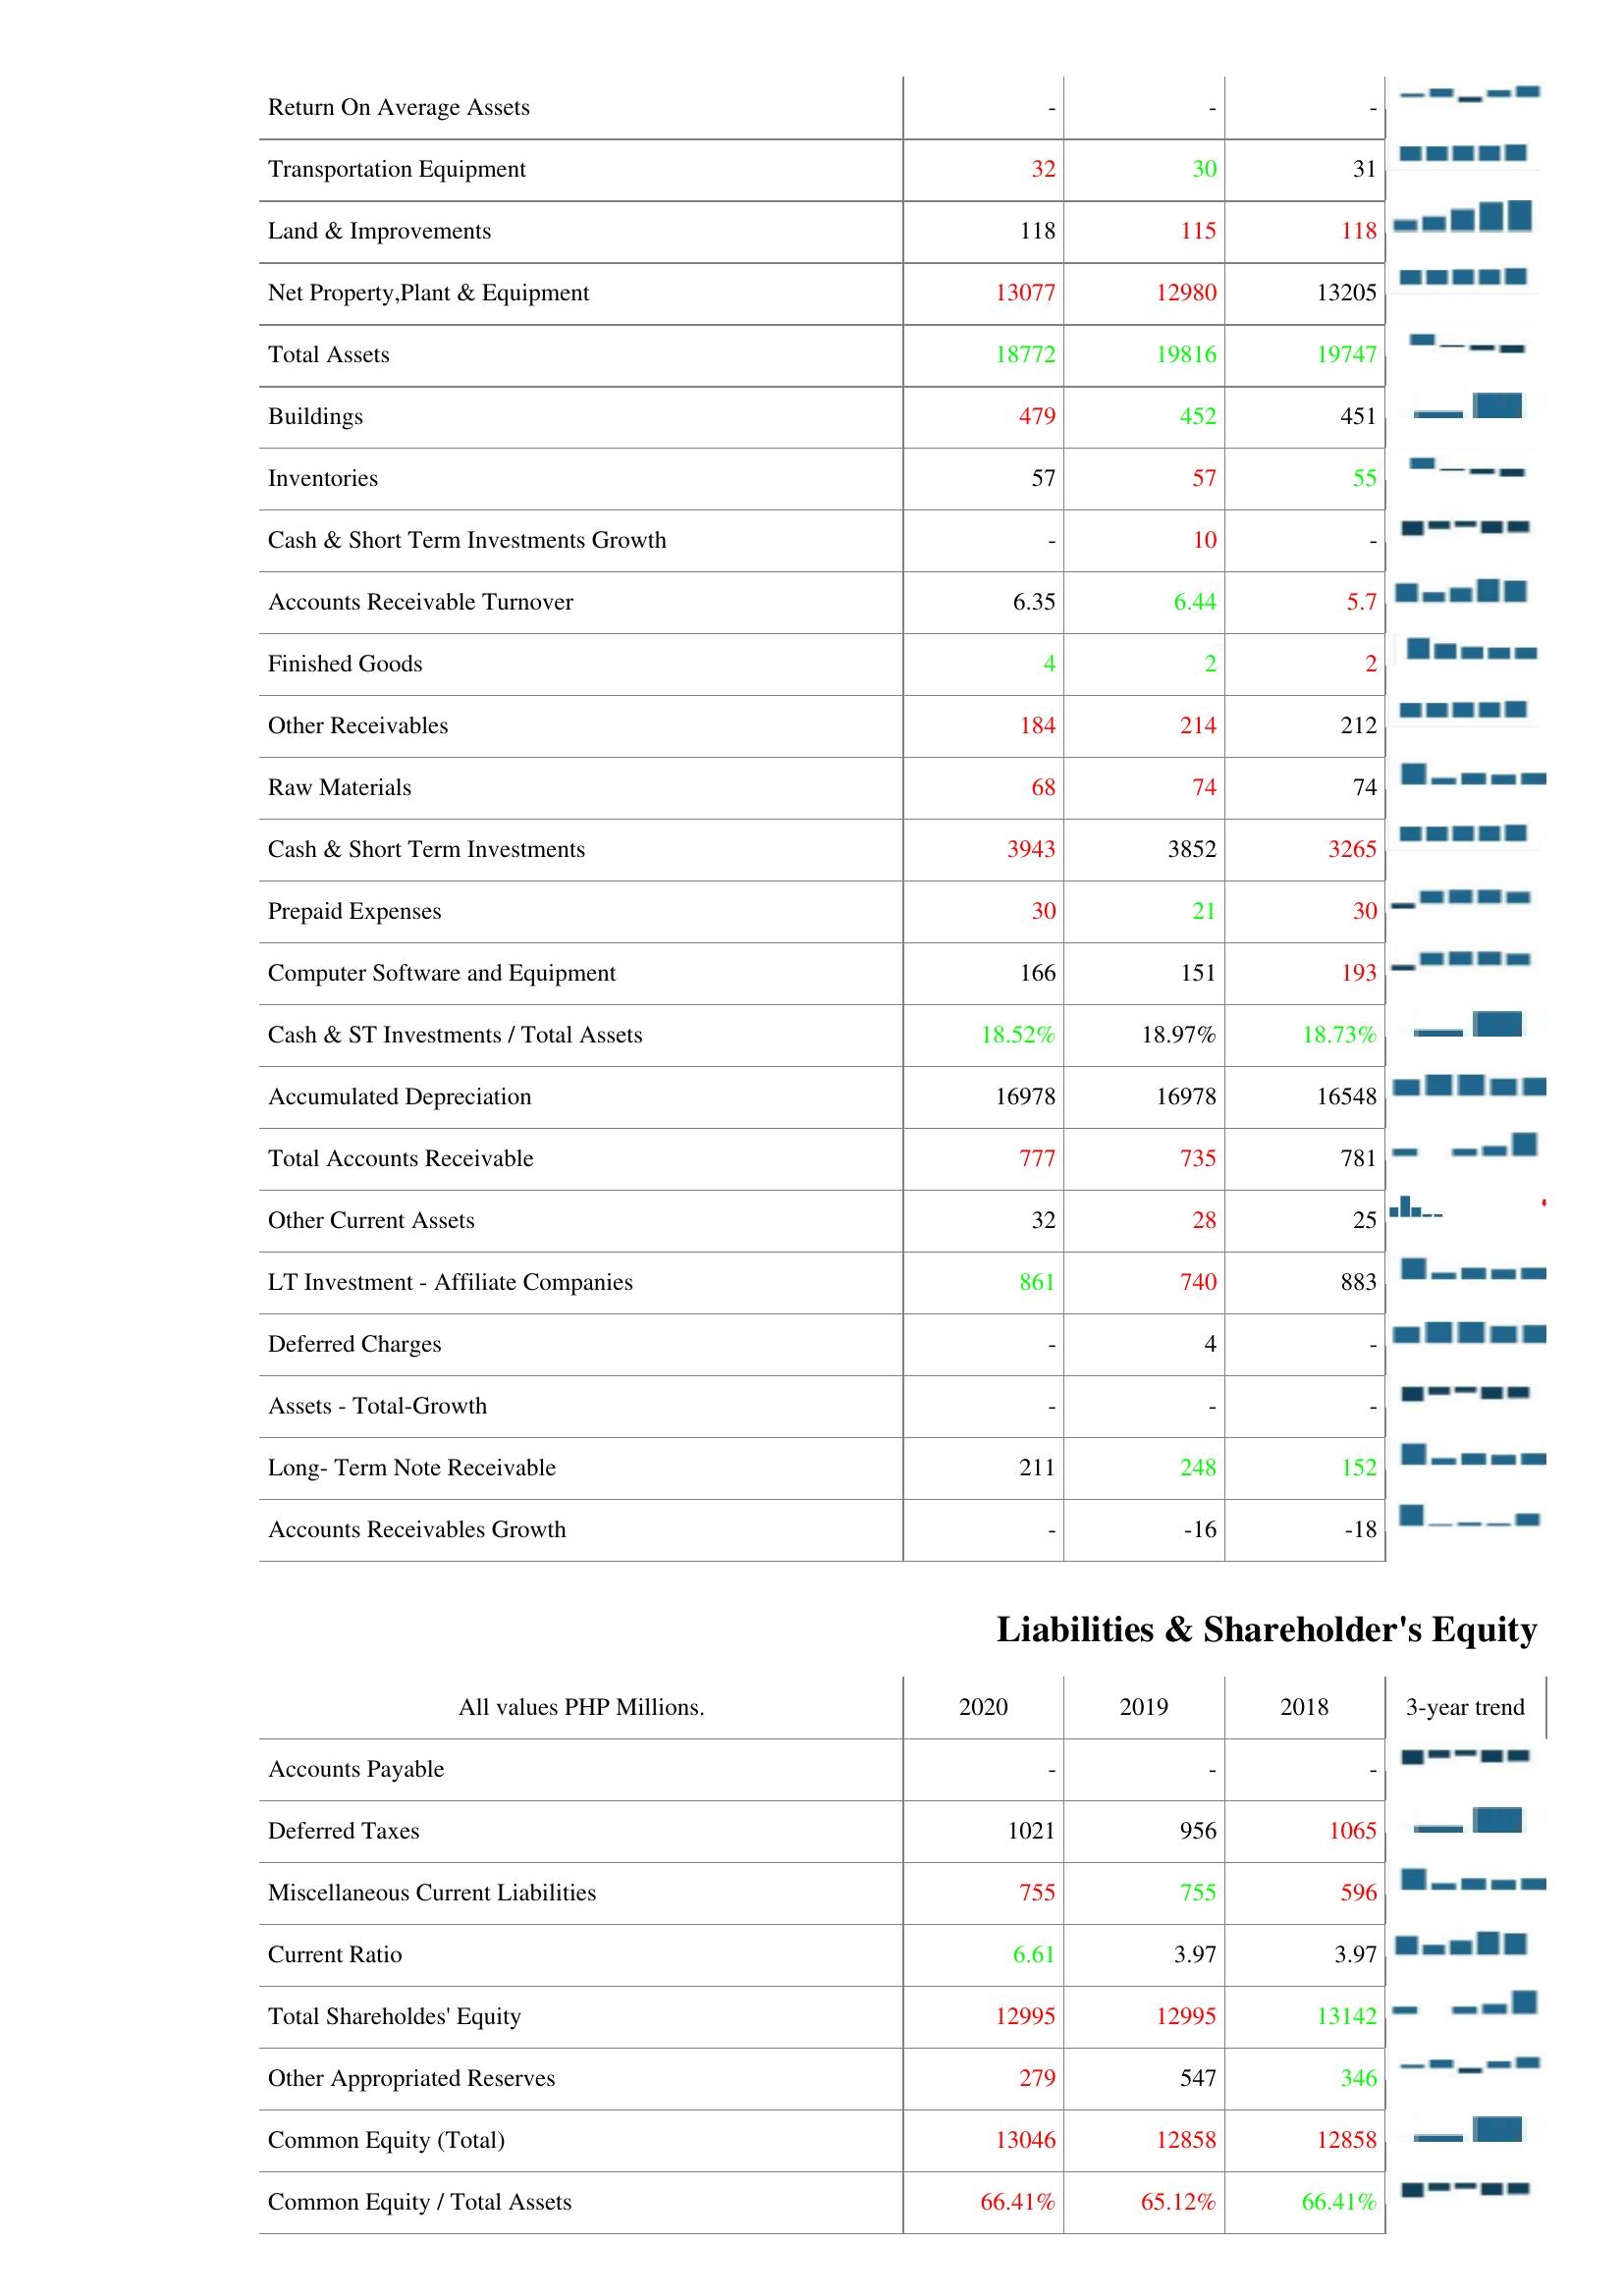
2020: Assets: Return On Average Assets: -
Transportation Equipment: 32
Land & Improvements: 118
Net Property,Plant & Equipment: 13077
Total Assets: 18772
Buildings: 479
Inventories: 57
Cash & Short Term Investments Growth: -
Accounts Receivable Turnover: 6.35
Finished Goods: 4
Other Receivables: 184
Raw Materials: 68
Cash & Short Term Investments: 3943
Prepaid Expenses: 30
Computer Software and Equipment: 166
Cash & ST Investments / Total Assets: 18.52%
Accumulated Depreciation: 16978
Total Accounts Receivable: 777
Other Current Assets: 32
LT Investment - Affiliate Companies: 861
Deferred Charges: -
Assets - Total-Growth: -
Long- Term Note Receivable: 211
Accounts Receivables Growth: -
Liabilities & Shareholder's Equity: Accounts Payable: -
Deferred Taxes: 1021
Miscellaneous Current Liabilities: 755
Current Ratio: 6.61
Total Shareholdes' Equity: 12995
Other Appropriated Reserves: 279
Common Equity (Total): 13046
Common Equity / Total Assets: 66.41%
2019: Assets: Return On Average Assets: -
Transportation Equipment: 30
Land & Improvements: 115
Net Property,Plant & Equipment: 12980
Total Assets: 19816
Buildings: 452
Inventories: 57
Cash & Short Term Investments Growth: 10
Accounts Receivable Turnover: 6.44
Finished Goods: 2
Other Receivables: 214
Raw Materials: 74
Cash & Short Term Investments: 3852
Prepaid Expenses: 21
Computer Software and Equipment: 151
Cash & ST Investments / Total Assets: 18.97%
Accumulated Depreciation: 16978
Total Accounts Receivable: 735
Other Current Assets: 28
LT Investment - Affiliate Companies: 740
Deferred Charges: 4
Assets - Total-Growth: -
Long- Term Note Receivable: 248
Accounts Receivables Growth: -16
Liabilities & Shareholder's Equity: Accounts Payable: -
Deferred Taxes: 956
Miscellaneous Current Liabilities: 755
Current Ratio: 3.97
Total Shareholdes' Equity: 12995
Other Appropriated Reserves: 547
Common Equity (Total): 12858
Common Equity / Total Assets: 65.12%
2018: Assets: Return On Average Assets: -
Transportation Equipment: 31
Land & Improvements: 118
Net Property,Plant & Equipment: 13205
Total Assets: 19747
Buildings: 451
Inventories: 55
Cash & Short Term Investments Growth: -
Accounts Receivable Turnover: 5.7
Finished Goods: 2
Other Receivables: 212
Raw Materials: 74
Cash & Short Term Investments: 3265
Prepaid Expenses: 30
Computer Software and Equipment: 193
Cash & ST Investments / Total Assets: 18.73%
Accumulated Depreciation: 16548
Total Accounts Receivable: 781
Other Current Assets: 25
LT Investment - Affiliate Companies: 883
Deferred Charges: -
Assets - Total-Growth: -
Long- Term Note Receivable: 152
Accounts Receivables Growth: -18
Liabilities & Shareholder's Equity: Accounts Payable: -
Deferred Taxes: 1065
Miscellaneous Current Liabilities: 596
Current Ratio: 3.97
Total Shareholdes' Equity: 13142
Other Appropriated Reserves: 346
Common Equity (Total): 12858
Common Equity / Total Assets: 66.41%